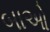
બાઓ